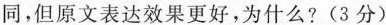
同，但原文表达效果更好，为什么?(3分)